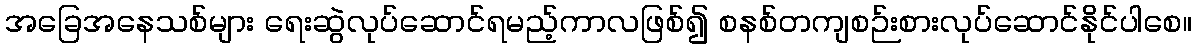
အခြေအနေသစ်များ ရေးဆွဲလုပ်ဆောင်ရမည့်ကာလဖြစ်၍ စနစ်တကျစဉ်းစားလုပ်ဆောင်နိုင်ပါစေ။